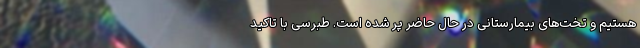
هستیم و تخت‌های بیمارستانی در حال حاضر پر شده است. طبرسی با تاکید